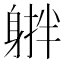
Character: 𨉠